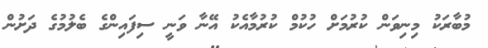
މުބާރަކު މިނިވަން ކުރުމަށް ހުކުމް ކުރުމާއެކު އޭނާ ވަނީ ސިފައިންގެ ބެލުމުގެ ދަށުން